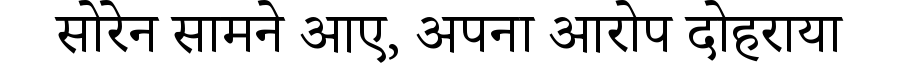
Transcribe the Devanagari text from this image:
सोरेन सामने आए, अपना आरोप दोहराया